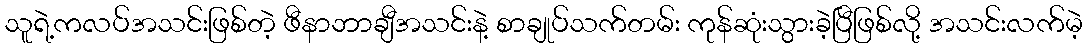
သူရဲ့ကလပ်အသင်းဖြစ်တဲ့ ဖီနာဘာချီအသင်းနဲ့ စာချုပ်သက်တမ်း ကုန်ဆုံးသွားခဲ့ပြီဖြစ်လို့ အသင်းလက်မဲ့